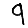
Digit: 9